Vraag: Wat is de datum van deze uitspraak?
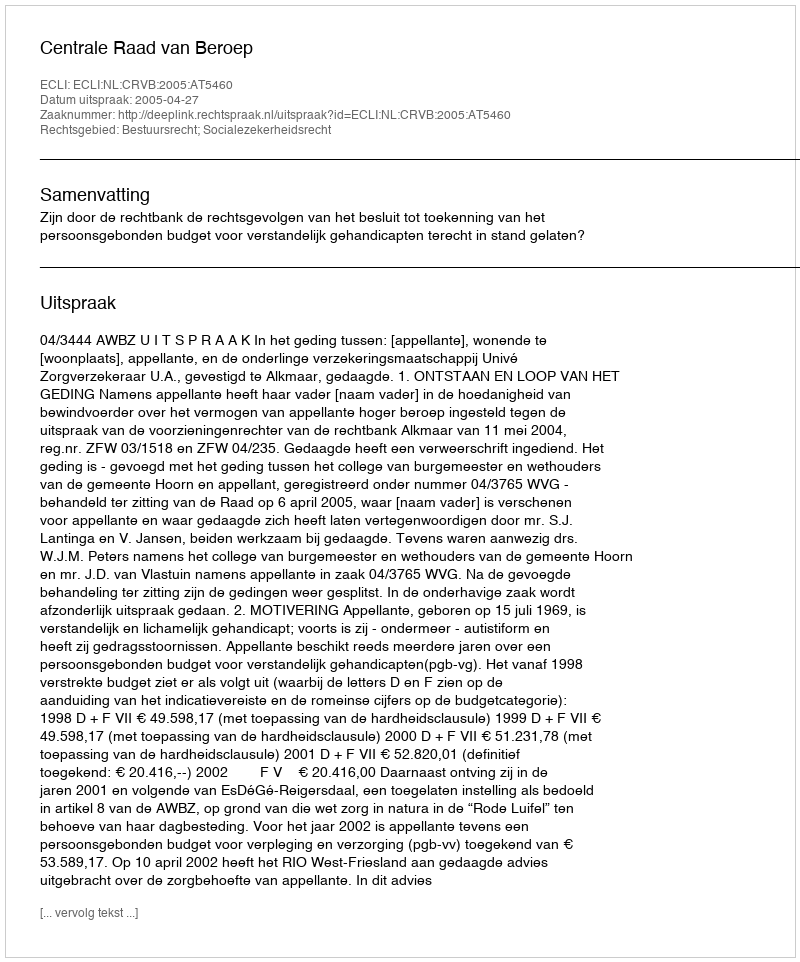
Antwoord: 2005-04-27